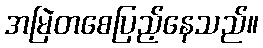
အမြဲတစေပြည့်နေသည်။